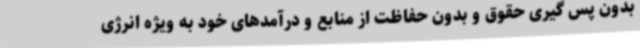
بدون پس گیری حقوق و بدون حفاظت از منابع و درآمدهای خود به ویژه انرژی